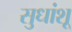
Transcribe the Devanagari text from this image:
सुधांशू